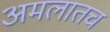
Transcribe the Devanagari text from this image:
अमलातच